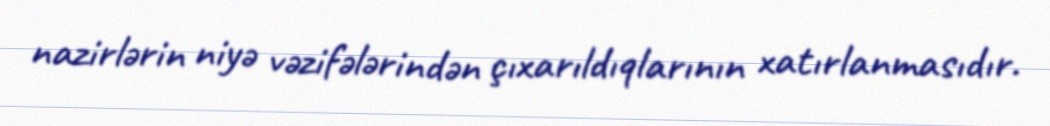
nazirlərin niyə vəzifələrindən çıxarıldıqlarının xatırlanmasıdır.